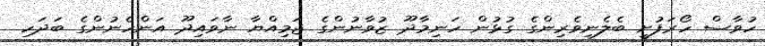
ހުވާސް ހޯރަފުށީ ބެލެނިވެރިންގެ ގުޅުން ހަނިމާދޫ ޒުވާނުންގެ ޖަމިއްޔާ ނާވައިދޫ އަންހެނުންގެ ބަދަހި